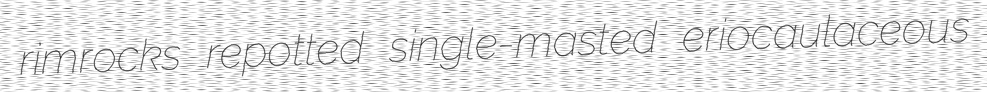
rimrocks repotted single-masted eriocaulaceous